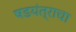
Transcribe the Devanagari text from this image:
षडयंत्राचा